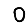
Digit: 0